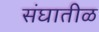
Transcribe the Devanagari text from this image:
संघातीळ